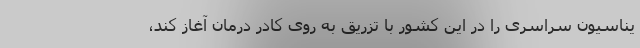
یناسیون سراسری را در این کشور با تزریق به روی کادر درمان آغاز کند،